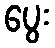
ပွေး